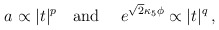
\begin{align*}a \propto |t|^p ~~~{\rm and }~~~~ e^{\sqrt{2}\kappa_5\phi} \propto |t|^q \,,\end{align*}